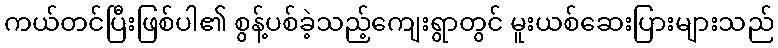
ကယ်တင်ပြီးဖြစ်ပါ၏ စွန့်ပစ်ခဲ့သည့်ကျေးရွာတွင် မူးယစ်ဆေးပြားများသည်